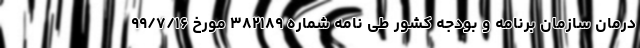
درمان سازمان برنامه و بودجه کشور طی نامه شماره ٣٨٢١٨٩ مورخ ٩٩/٧/١۶